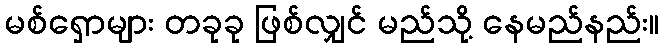
မစ်ရှောများ တခုခု ဖြစ်လျှင် မည်သို့ နေမည်နည်း။